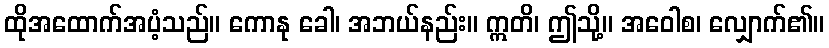
ထိုအထောက်အပံ့သည်။ ကောနု ခေါ၊ အဘယ်နည်း။ ဣတိ၊ ဤသို့။ အဝေါစ၊ လျှောက်၏။